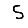
Digit: 5